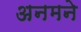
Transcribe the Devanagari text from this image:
अनमने